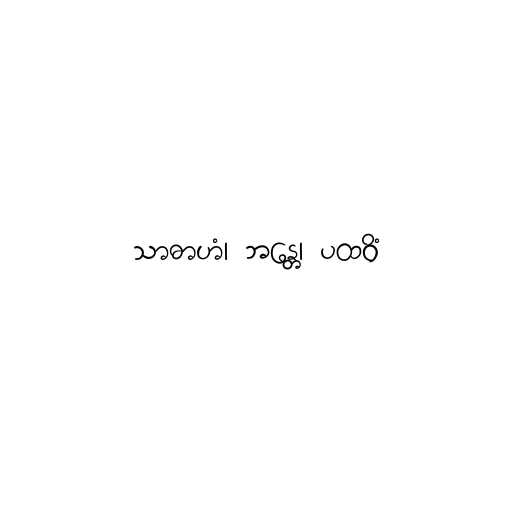
သာဓာဟံ၊ ဘန္တေ၊ ပထဝိံ